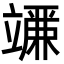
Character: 𬔨